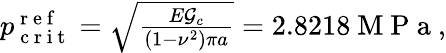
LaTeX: \begin{array}{r}{p_{\mathrm{~c~r~i~t~}}^{\mathrm{~r~e~f~}}=\sqrt{\frac{E\mathcal{G}_{c}}{(1-\nu^{2})\pi a}}=2.8218\mathrm{~M~P~a~},}\end{array}